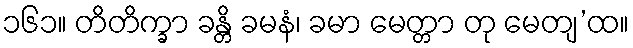
၁၆၁။ တိတိက္ခာ ခန္တိ ခမနံ၊ ခမာ မေတ္တာ တု မေတျ’ထ။